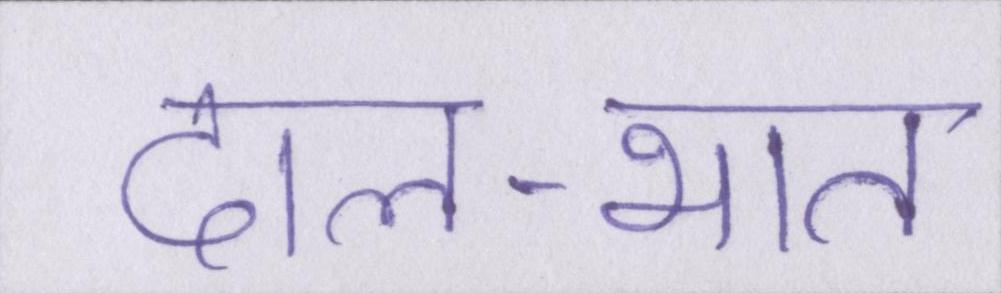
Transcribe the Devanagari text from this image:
दाल-भात